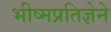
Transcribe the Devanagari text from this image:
भीष्मप्रतिज्ञेने